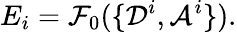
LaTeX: E_{i}=\mathcal{F}_{0}(\{ \mathcal{D}^{i},\mathcal{A}^{i}\} ).